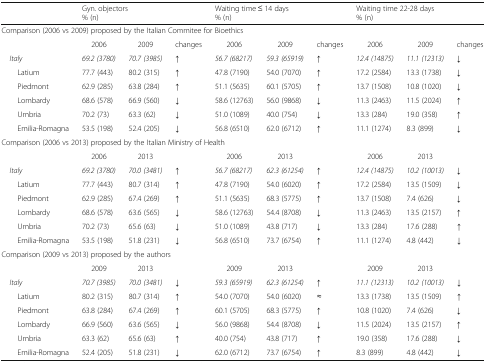
<table><thead><tr><td></td><td colspan="2"><b>Gyn. objectors% (n)</b></td><td></td><td colspan="2"><b>Waiting time ≤ 14 days% (n)</b></td><td></td><td colspan="2"><b>Waiting time 22-28 days% (n)</b></td><td></td></tr></thead><tbody><tr><td colspan="10">Comparison (2006 vs 2009) proposed by the Italian Commitee for Bioethics</td></tr><tr><td></td><td>2006</td><td>2009</td><td>changes</td><td>2006</td><td>2009</td><td>changes</td><td>2006</td><td>2009</td><td>changes</td></tr><tr><td> <i>Italy</i></td><td><i>69.2 (3780)</i></td><td><i>70.7 (3985)</i></td><td><i>↑</i></td><td><i>56.7 (68217)</i></td><td><i>59.3 (65919)</i></td><td><i>↑</i></td><td><i>12.4 (14875)</i></td><td><i>11.1 (12313)</i></td><td>↓</td></tr><tr><td>Latium</td><td>77.7 (443)</td><td>80.2 (315)</td><td><i>↑</i></td><td>47.8 (7190)</td><td>54.0 (7070)</td><td><i>↑</i></td><td>17.2 (2584)</td><td>13.3 (1738)</td><td>↓</td></tr><tr><td>Piedmont</td><td>62.9 (285)</td><td>63.8 (284)</td><td><i>↑</i></td><td>51.1 (5635)</td><td>60.1 (5705)</td><td><i>↑</i></td><td>13.7 (1508)</td><td>10.8 (1020)</td><td>↓</td></tr><tr><td>Lombardy</td><td>68.6 (578)</td><td>66.9 (560)</td><td>↓</td><td>58.6 (12763)</td><td>56.0 (9868)</td><td>↓</td><td>11.3 (2463)</td><td>11.5 (2024)</td><td><i>↑</i></td></tr><tr><td>Umbria</td><td>70.2 (73)</td><td>63.3 (62)</td><td>↓</td><td>51.0 (1089)</td><td>40.0 (754)</td><td>↓</td><td>13.3 (284)</td><td>19.0 (358)</td><td><i>↑</i></td></tr><tr><td>Emilia-Romagna</td><td>53.5 (198)</td><td>52.4 (205)</td><td>↓</td><td>56.8 (6510)</td><td>62.0 (6712)</td><td><i>↑</i></td><td>11.1 (1274)</td><td>8.3 (899)</td><td>↓</td></tr><tr><td colspan="10">Comparison (2006 vs 2013) proposed by the Italian Ministry of Health</td></tr><tr><td></td><td>2006</td><td>2013</td><td></td><td>2006</td><td>2013</td><td></td><td>2006</td><td>2013</td><td></td></tr><tr><td> <i>Italy</i></td><td><i>69.2 (3780)</i></td><td><i>70.0 (3481)</i></td><td><i>↑</i></td><td><i>56.7 (68217)</i></td><td><i>62.3 (61254)</i></td><td><i>↑</i></td><td><i>12.4 (14875)</i></td><td><i>10.2 (10013)</i></td><td>↓</td></tr><tr><td>Latium</td><td>77.7 (443)</td><td>80.7 (314)</td><td><i>↑</i></td><td>47.8 (7190)</td><td>54.0 (6020)</td><td><i>↑</i></td><td>17.2 (2584)</td><td>13.5 (1509)</td><td>↓</td></tr><tr><td>Piedmont</td><td>62.9 (285)</td><td>67.4 (269)</td><td><i>↑</i></td><td>51.1 (5635)</td><td>68.3 (5775)</td><td><i>↑</i></td><td>13.7 (1508)</td><td>7.4 (626)</td><td>↓</td></tr><tr><td>Lombardy</td><td>68.6 (578)</td><td>63.6 (565)</td><td>↓</td><td>58.6 (12763)</td><td>54.4 (8708)</td><td>↓</td><td>11.3 (2463)</td><td>13.5 (2157)</td><td><i>↑</i></td></tr><tr><td>Umbria</td><td>70.2 (73)</td><td>65.6 (63)</td><td>↓</td><td>51.0 (1089)</td><td>43.8 (717)</td><td>↓</td><td>13.3 (284)</td><td>17.6 (288)</td><td><i>↑</i></td></tr><tr><td>Emilia-Romagna</td><td>53.5 (198)</td><td>51.8 (231)</td><td>↓</td><td>56.8 (6510)</td><td>73.7 (6754)</td><td><i>↑</i></td><td>11.1 (1274)</td><td>4.8 (442)</td><td>↓</td></tr><tr><td colspan="10">Comparison (2009 vs 2013) proposed by the authors</td></tr><tr><td></td><td>2009</td><td>2013</td><td></td><td>2009</td><td>2013</td><td></td><td>2009</td><td>2013</td><td></td></tr><tr><td> <i>Italy</i></td><td><i>70.7 (3985)</i></td><td><i>70.0 (3481)</i></td><td>↓</td><td><i>59.3 (65919)</i></td><td><i>62.3 (61254)</i></td><td><i>↑</i></td><td><i>11.1 (12313)</i></td><td><i>10.2 (10013)</i></td><td>↓</td></tr><tr><td>Latium</td><td>80.2 (315)</td><td>80.7 (314)</td><td><i>↑</i></td><td>54.0 (7070)</td><td>54.0 (6020)</td><td>≈</td><td>13.3 (1738)</td><td>13.5 (1509)</td><td><i>↑</i></td></tr><tr><td>Piedmont</td><td>63.8 (284)</td><td>67.4 (269)</td><td><i>↑</i></td><td>60.1 (5705)</td><td>68.3 (5775)</td><td><i>↑</i></td><td>10.8 (1020)</td><td>7.4 (626)</td><td>↓</td></tr><tr><td>Lombardy</td><td>66.9 (560)</td><td>63.6 (565)</td><td>↓</td><td>56.0 (9868)</td><td>54.4 (8708)</td><td>↓</td><td>11.5 (2024)</td><td>13.5 (2157)</td><td><i>↑</i></td></tr><tr><td>Umbria</td><td>63.3 (62)</td><td>65.6 (63)</td><td><i>↑</i></td><td>40.0 (754)</td><td>43.8 (717)</td><td><i>↑</i></td><td>19.0 (358)</td><td>17.6 (288)</td><td>↓</td></tr><tr><td>Emilia-Romagna</td><td>52.4 (205)</td><td>51.8 (231)</td><td>↓</td><td>62.0 (6712)</td><td>73.7 (6754)</td><td><i>↑</i></td><td>8.3 (899)</td><td>4.8 (442)</td><td>↓</td></tr></tbody></table>